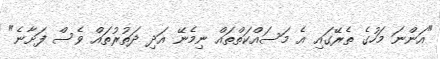
"އަންނަ މަހުގެ ތެރޭގައި އެ މަސައްކަތްތައް ނިމެނޭ އަދި ދަތުރުތައް ވެސް ފަށާނެ"